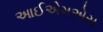
આઈએમએસ